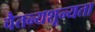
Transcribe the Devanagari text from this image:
चैतन्यशून्यता